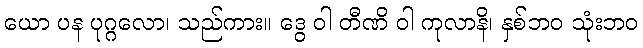
ယော ပန ပုဂ္ဂလော၊ သည်ကား။ ဒွေ ဝါ တီဏိ ဝါ ကုလာနိ၊ နှစ်ဘဝ သုံးဘဝ